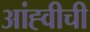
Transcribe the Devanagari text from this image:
आंह्वीची